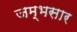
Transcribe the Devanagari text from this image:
जम्भसार